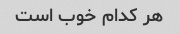
هر کدام خوب است